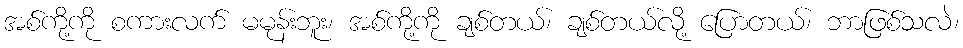
အစ်ကို့ကို စကားလက် မမုန်းဘူး၊ အစ်ကို့ကို ချစ်တယ်၊ ချစ်တယ်လို့ ပြောတယ်၊ ဘာဖြစ်သလဲ၊